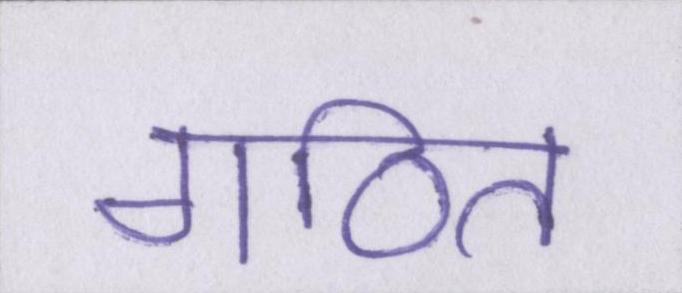
गठित